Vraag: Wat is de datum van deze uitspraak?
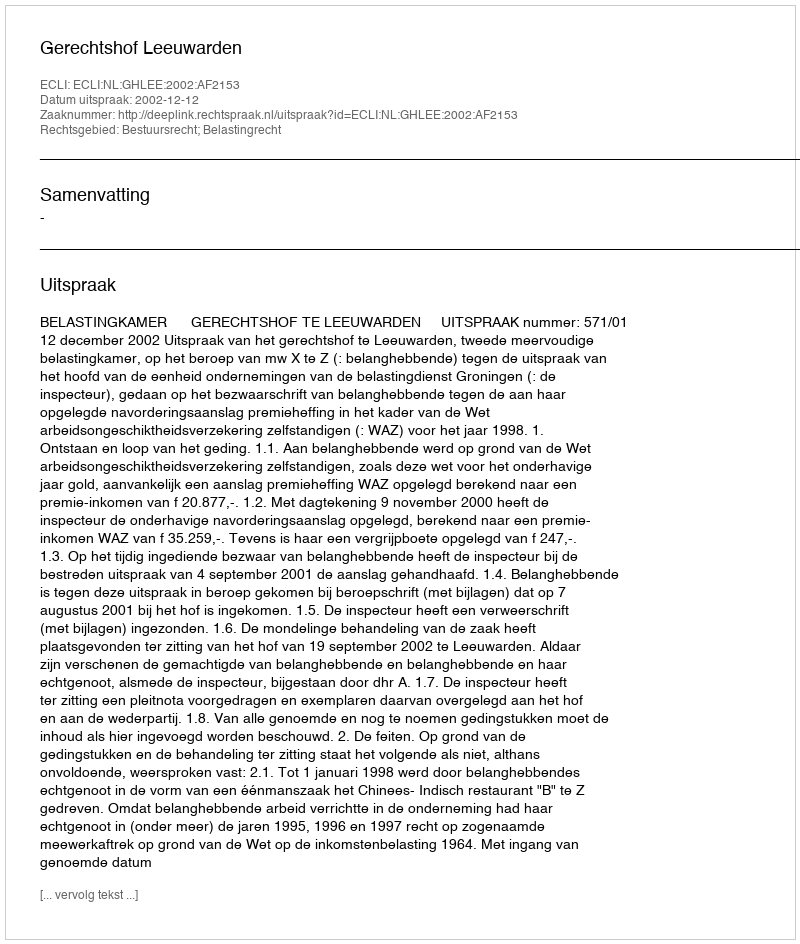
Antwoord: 2002-12-12